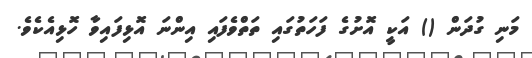
މަނި ގުދަން () އަކީ އޮށުގެ ފަހަތުގައި ތަތްވެފައި އިންނަ އޮޅިފައިވާ ހޮޅިއެކެވެ.